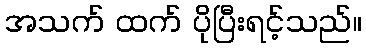
အသက် ထက် ပိုပြီးရင့်သည်။